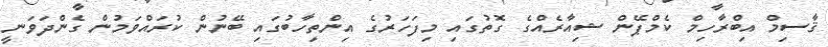
ޤާސިމް އިބްރާހިމް ކެމްޕޭން ޝިއާރެއްގެ ގޮތުގައި މިފަހަރުގެ އިންތިހާބުގައި ބޭނުން ކުރައްވަމުން ގެންދަވަނީ